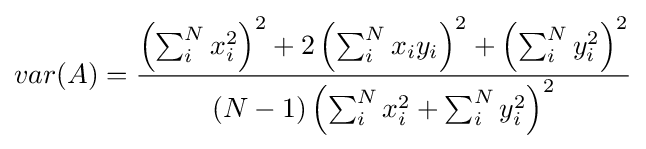
var(A)={\frac {\left(\sum _{i}^{N}x_{i}^{2}\right)^{2}+2\left(\sum _{i}^{N}x_{i}y_{i}\right)^{2}+\left(\sum _{i}^{N}y_{i}^{2}\right)^{2}}{(N-1)\left(\sum _{i}^{N}x_{i}^{2}+\sum _{i}^{N}y_{i}^{2}\right)^{2}}}